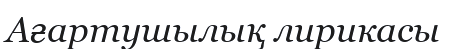
Ағартушылық лирикасы